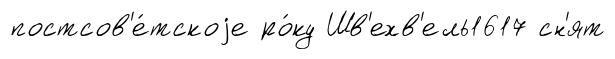
постсов'е́тскоjе ро́ку Шв'ехв'ель1617 сн'ят